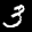
Label: 3